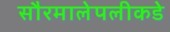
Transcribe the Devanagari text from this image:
सौरमालेपलीकडे